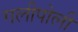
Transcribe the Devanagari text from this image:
गलीपोली